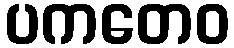
ပကတေဝ